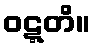
ဝဋ္ဋတိ။